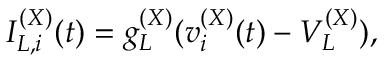
I _ { L , i } ^ { ( X ) } ( t ) = g _ { L } ^ { ( X ) } ( v _ { i } ^ { ( X ) } ( t ) - V _ { L } ^ { ( X ) } ) ,